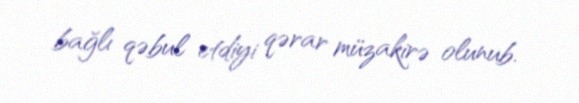
bağlı qəbul etdiyi qərar müzakirə olunub.